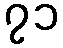
၇၁